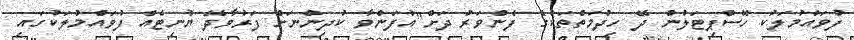
ފުވައްމުލަކު ހޮސްޕިޓަލުން ދޭ ހިދުމަތްތަކުގެ ފެންވަރު ދަށް"އުފަންވާ ކުދިންނަށް ފަރުވާދޭ ޔުނިޓެއް ފުވައްމުލަކުގައި